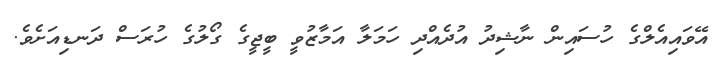
އޭވައިއެލްގެ ހުސައިން ނާޝިދު އުދެއްދި ހަމަލާ އަމާޒުވީ ބީޖީގެ ގޯލުގެ ހުރަސް ދަނޑިއަށެވެ.